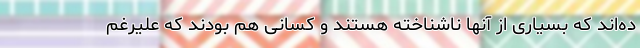
ده‌اند که بسیاری از آنها ناشناخته هستند و کسانی هم بودند که علیرغم